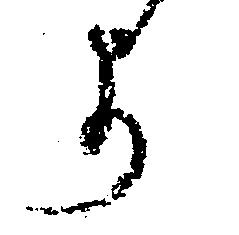
よ